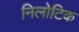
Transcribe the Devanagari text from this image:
निलोटिक